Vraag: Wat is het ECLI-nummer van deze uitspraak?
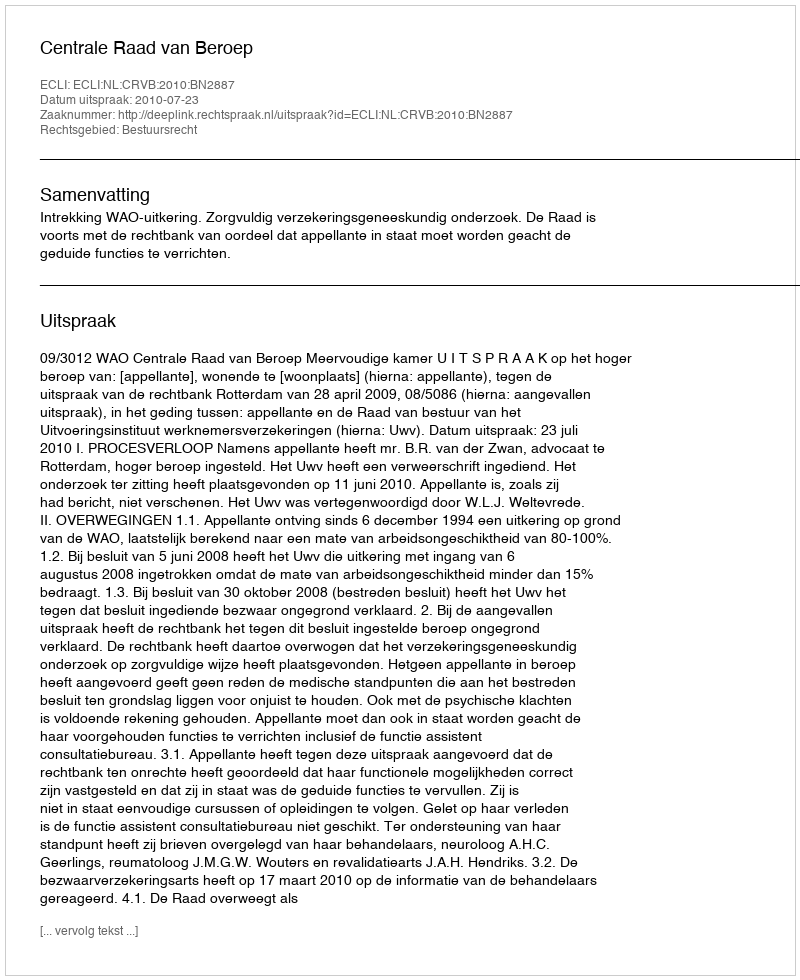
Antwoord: ECLI:NL:CRVB:2010:BN2887